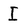
Character: I